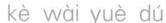
kè wài yuè dú